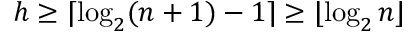
h \geq \lceil \log _ { 2 } ( n + 1 ) - 1 \rceil \geq \lfloor \log _ { 2 } n \rfloor